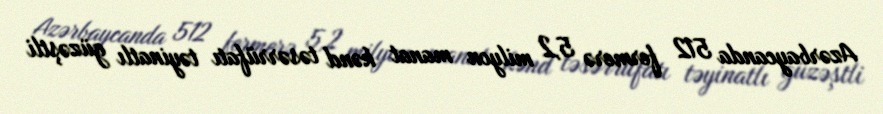
Azərbaycanda 512 fermerə 5,2 milyon manat kənd təsərrüfatı təyinatlı güzəştli